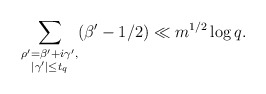
\begin{align*} \sum_{\substack{\rho' = \beta' + i\gamma',\\ |\gamma'| \leq t_q}} (\beta' - 1/2)\ll m^{1/2}\log{q}.\end{align*}